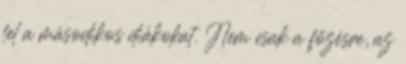
fel a másodikos diákokat. Nem csak a főzésre, az